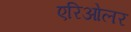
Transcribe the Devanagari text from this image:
एरिओलर